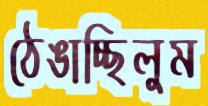
ঠেঙাচ্ছিলুম